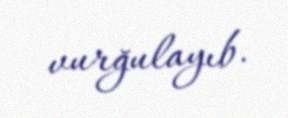
vurğulayıb.